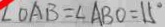
\angle O A B = \angle A B O = 1 5 ^ { \circ }